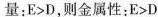
量：E>D，则金属性：E>D